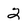
Character: 2